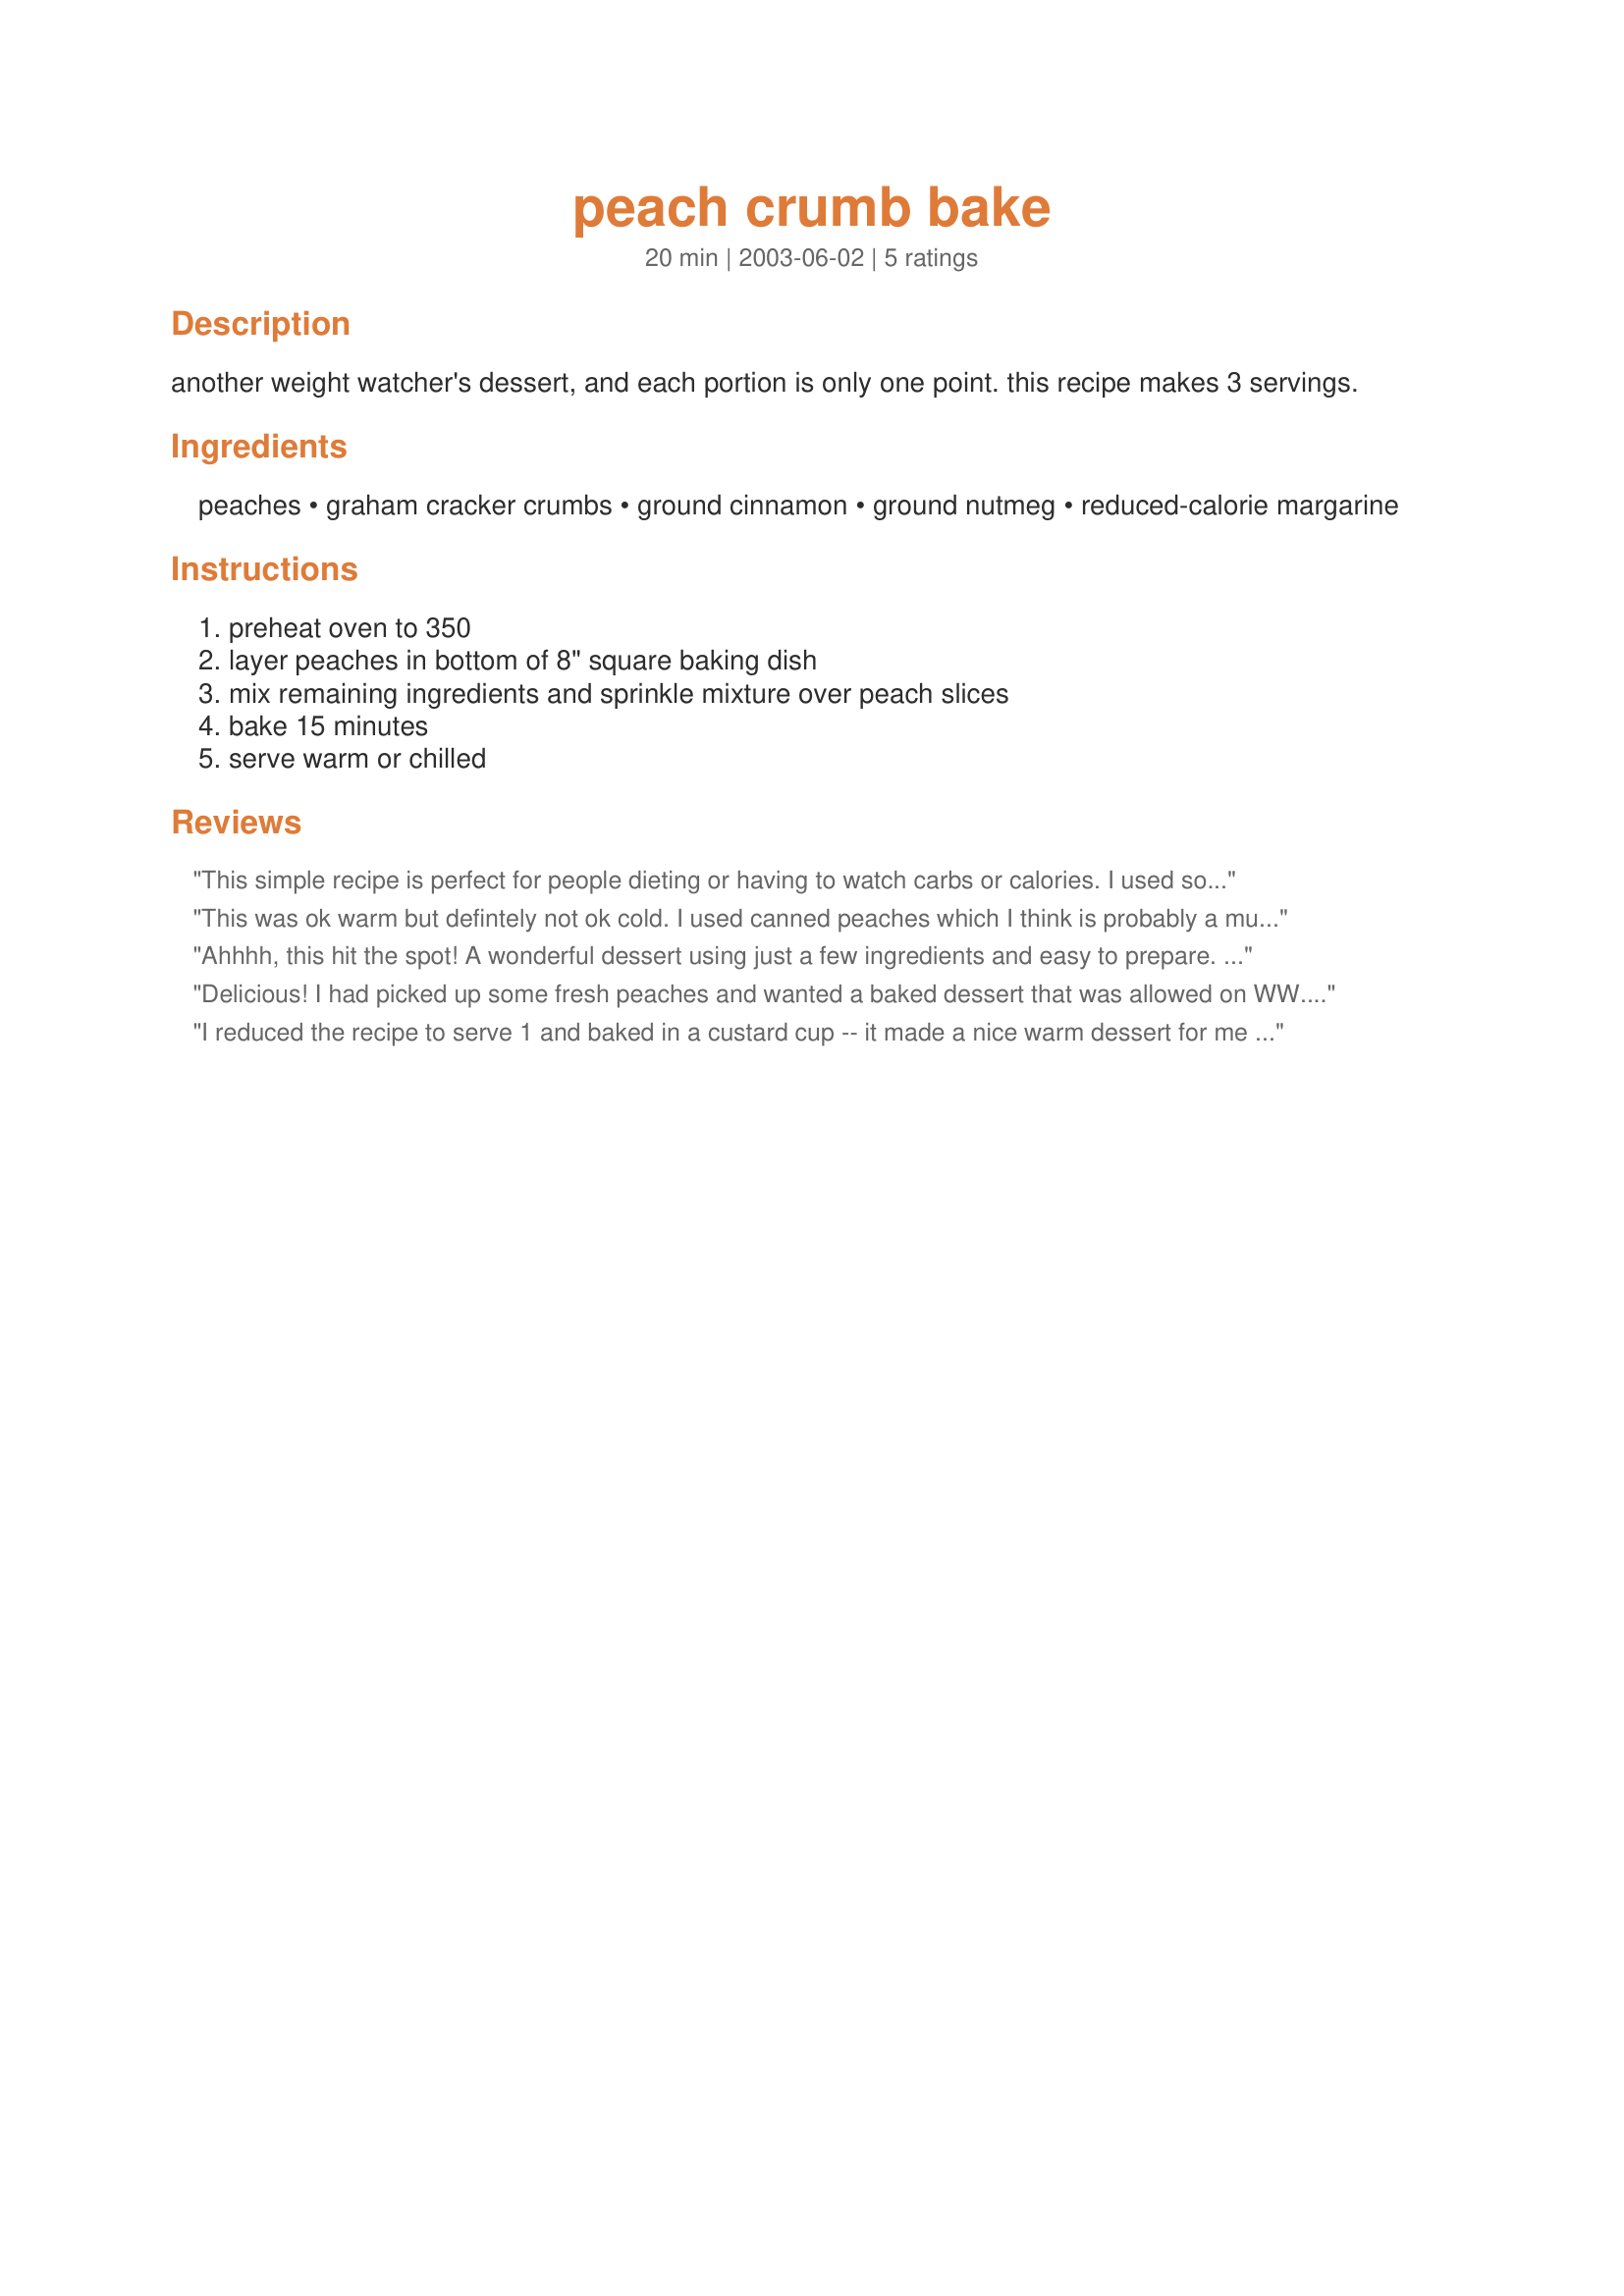
peach crumb bake
Preparation time: 20 minutes

another weight watcher's dessert, and each portion is only one point. this recipe makes 3 servings.

Ingredients:
peaches, graham cracker crumbs, ground cinnamon, ground nutmeg, reduced-calorie margarine

Steps:
preheat oven to 350, layer peaches in bottom of 8" square baking dish, mix remaining ingredients and sprinkle mixture over peach slices, bake 15 minutes, serve warm or chilled

Reviews:
This simple recipe is perfect for people dieting or having to watch carbs or calories. I used some frozen peaches that I put up last spring (with no sugar added), but with plenty of peach juice. I used 1 tsp. cinnamon because we like it so much. This will be a dessert that I can make often to satisfy our sweet tooth, but not feel guilty. Thanks so much for posting this wonderful recipe.
This was ok warm but defintely not ok cold. I used canned peaches which I think is probably a must since you need the extra juice that clings to the peaches (unless you can get juicy fresh peaches which I cannot here). There was just not much taste other then the peaches, which is something that I look for since there is a topping. I may make it again when I want peaches, but not when I want a dessert that has any 'baked goods' component to it. That said, it wasn't bad and was nice to have warm. Probably topped with 2 tblsp. of fat free whipped topping (0 points on WW) it would be better.
Ahhhh, this hit the spot! A wonderful dessert using just a few ingredients and easy to prepare. I used canned peaches. Even though I do not have to watch my weight, this is a dessert I will make over and over again because it tasted so good! Thanks again Brenda for sharing a great recipe.
:-)

Delicious! I had picked up some fresh peaches and wanted a baked dessert that was allowed on WW. We added some 0 points fat-free whipped topping to each serving. I'll definitely be making this again- thanks for sharing the recipe!
I reduced the recipe to serve 1 and baked in a custard cup -- it made a nice warm dessert for me this evening. I had to bake for longer than 15 minutes because my peach was a bit too firm. Next time I would leave the nutmeg out, and maybe add some honey to the crumb mixture. Very simple and easy, but satisfying to my sweet tooth.
